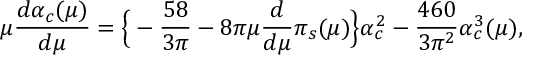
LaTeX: \mu \frac { d \alpha _ { c } ( \mu ) } { d \mu } = \Big \{ - \frac { 5 8 } { 3 \pi } - 8 \pi \mu \frac { d } { d \mu } \pi _ { s } ( \mu ) \Big \} \alpha _ { c } ^ { 2 } - \frac { 4 6 0 } { 3 \pi ^ { 2 } } \alpha _ { c } ^ { 3 } ( \mu ) ,